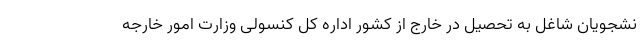
نشجویان شاغل به تحصیل در خارج از کشور اداره کل کنسولی وزارت امور خارجه